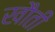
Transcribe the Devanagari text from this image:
खौती